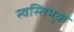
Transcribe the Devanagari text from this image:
स्वस्तिभुक